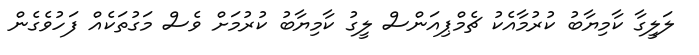
ލަލީގާ ކާމިޔާބު ކުރުމާއެކު ޗެމްޕިއަންސް ލީގު ކާމިޔާބު ކުރުމަށް ވެސް މަގުތަކެއް ފަހުވެގެން